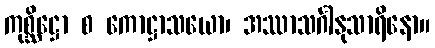
ကုစ္ဆိဋ္ဌော စ ကောဋ္ဌာသယော၊ အဿာသင်္ဂါနုသာရိနော။